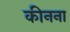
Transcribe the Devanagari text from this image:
कीनना